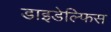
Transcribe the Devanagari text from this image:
डाइडेल्फिस